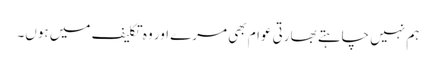
ہم نہیں چاہتے بھارتی عوام بھی مرے اور وہ تکلیف میں ہوں۔